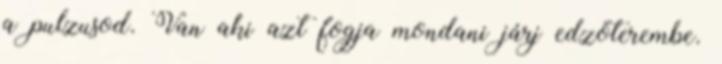
a pulzusod. Van aki azt fogja mondani járj edzőterembe.